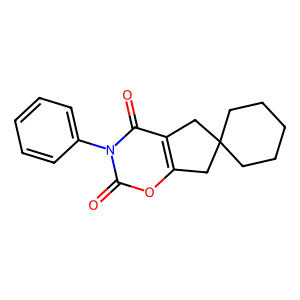
SMILES: O=c1oc2c(c(=O)n1-c1ccccc1)CC1(CCCCC1)C2
Inhibits HIV replication: No